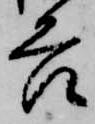
合